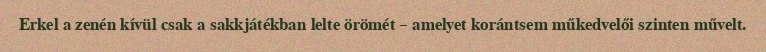
Erkel a zenén kívül csak a sakkjátékban lelte örömét – amelyet korántsem műkedvelői szinten művelt.